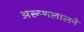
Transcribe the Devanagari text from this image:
अरूणलालने